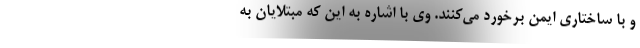
و با ساختاری ایمن برخورد می‌کنند. وی با اشاره به این که مبتلایان به